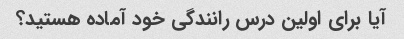
آیا برای اولین درس رانندگی خود آماده هستید؟